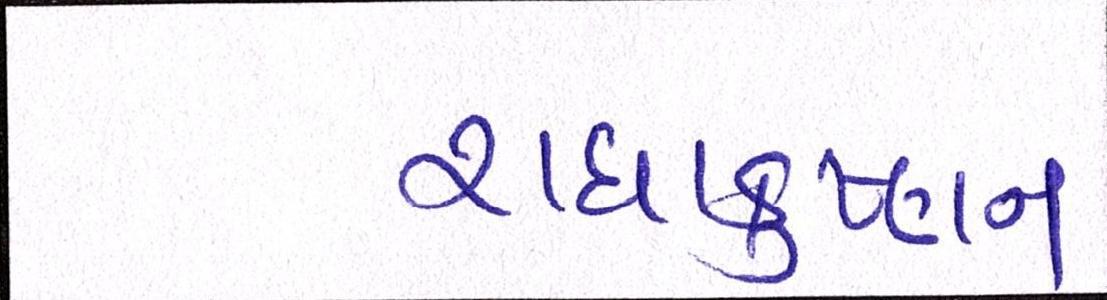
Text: રાધાકૃષ્ણન